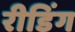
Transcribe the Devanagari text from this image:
रीडिंग